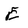
Character: E